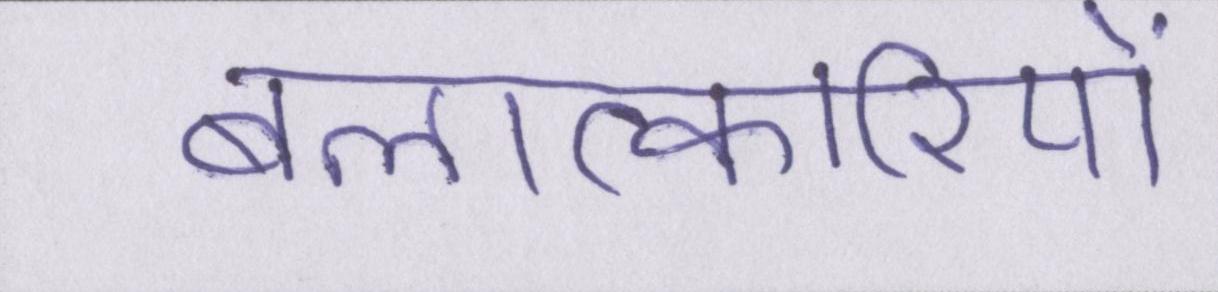
बलात्कारियों